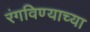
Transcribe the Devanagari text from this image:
रंगविण्याच्या